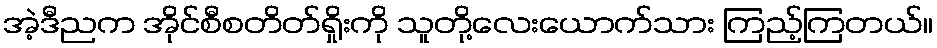
အဲ့ဒီညက အိုင်စီစတိတ်ရှိုးကို သူတို့လေးယောက်သား ကြည့်ကြတယ်။